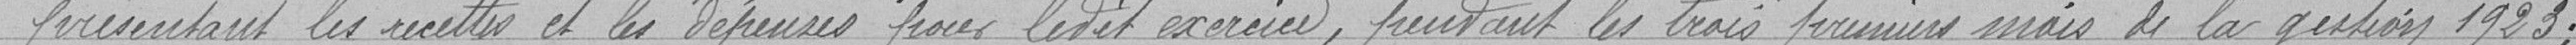
présentant les recettes et les dépenses pour ledit exercice ,pendant les trois premiers mois de la gestion 1923;